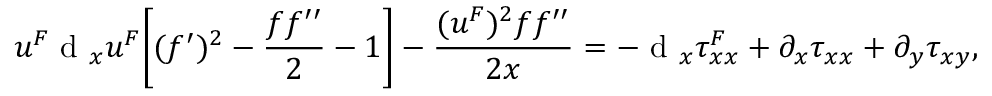
u ^ { F } \textrm { d } _ { x } u ^ { F } \biggl [ ( f ^ { \prime } ) ^ { 2 } - \frac { f f ^ { \prime \prime } } { 2 } - 1 \biggr ] - \frac { ( u ^ { F } ) ^ { 2 } f f ^ { \prime \prime } } { 2 x } = - \textrm { d } _ { x } \tau _ { x x } ^ { F } + \partial _ { x } \tau _ { x x } + \partial _ { y } \tau _ { x y } ,